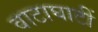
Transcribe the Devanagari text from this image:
वाटाघाटीं